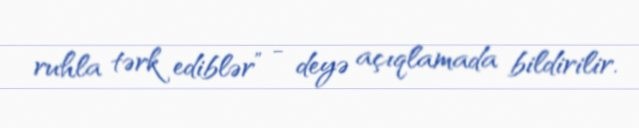
ruhla tərk ediblər” - deyə açıqlamada bildirilir.